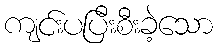
ကျင်းပပြီးစီးခဲ့သော